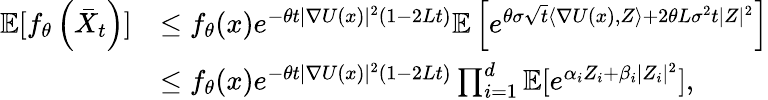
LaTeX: \begin{array}{rl}{\mathbb{E}[f_{\theta}\left(\bar{X}_{t}\right)]}&{\le f_{\theta}(x)e^{-\theta t|\nabla U(x)|^{2}(1-2Lt)}\mathbb{E}\left[e^{\theta\sigma\sqrt{t}\langle\nabla U(x),Z\rangle+2\theta L\sigma^{2}t|Z|^{2}}\right]}\\ &{\le f_{\theta}(x)e^{-\theta t|\nabla U(x)|^{2}(1-2Lt)}\prod_{i=1}^{d}\mathbb{E}[e^{\alpha_{i}Z_{i}+\beta_{i}|Z_{i}|^{2}}],}\end{array}